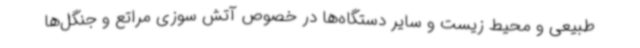
طبیعی و محیط زیست و سایر دستگاه‌ها در خصوص آتش سوزی مراتع و جنگل‌ها